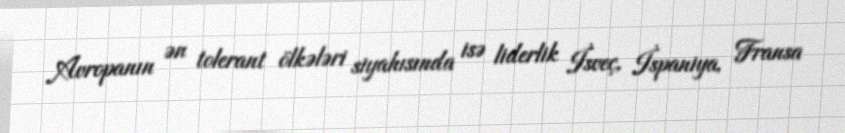
Avropanın ən tolerant ölkələri siyahısında isə liderlik İsveç, İspaniya, Fransa